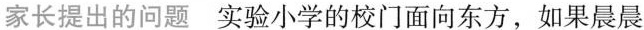
家长提出的问题实验小学的校门面向东方，如果晨晨